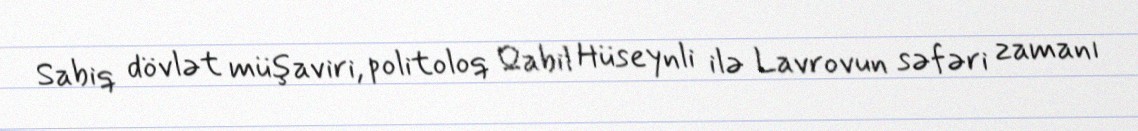
Sabiq dövlət müşaviri, politoloq Qabil Hüseynli ilə Lavrovun səfəri zamanı